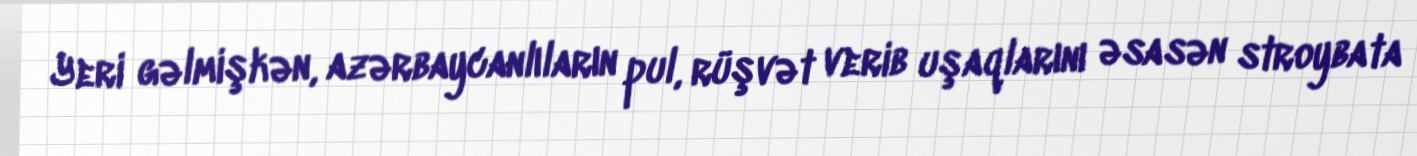
Yeri gəlmişkən, azərbaycanlıların pul, rüşvət verib uşaqlarını əsasən stroybata